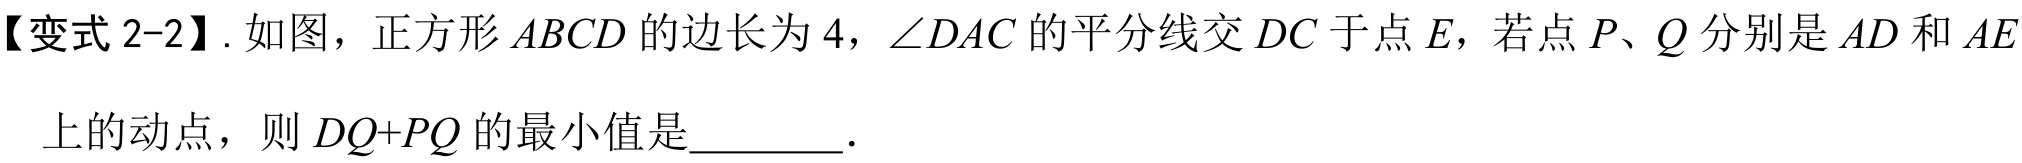
【变式2-2】. 如图，正方形\(ABCD\)的边长为\(4\)，\(\angle DAC\)的平分线交\(DC\)于点\(E\)，若点\(P、Q\)分别是\(AD\)和\(AE\)上的动点，则\(DQ + PQ\)的最小值是  ．